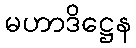
မဟာဒိဋ္ဌေန